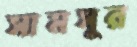
সামসুর